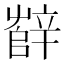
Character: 辥